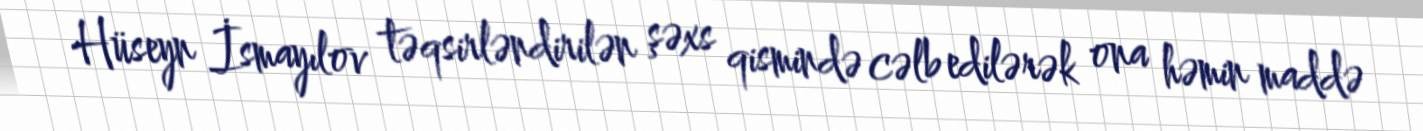
Hüseyn İsmayılov təqsirləndirilən şəxs qismində cəlb edilərək ona həmin maddə